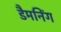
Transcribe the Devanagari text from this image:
डैमनिंग